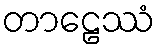
တာဠေဿံ